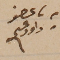
عضو داود عسى